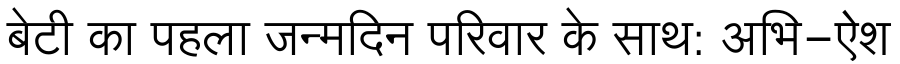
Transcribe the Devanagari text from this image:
बेटी का पहला जन्मदिन परिवार के साथ: अभि-ऐश